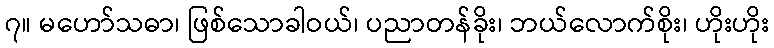
၇။ မဟော်သဓာ၊ ဖြစ်သောခါဝယ်၊ ပညာတန်ခိုး၊ ဘယ်လောက်စိုး၊ ဟိုးဟိုး